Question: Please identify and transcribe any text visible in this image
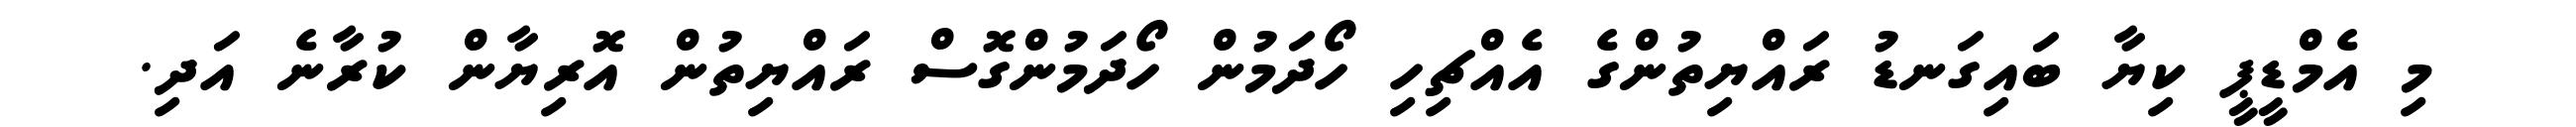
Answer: މި އެމްޑީޕީ ކިޔާ ބައިގަނޑު ރައްޔިތުންގެ އެއްޗިހި ހޯދަމުން ހޯދަމުންގޮސް ރައްޔިތުން އޮރިޔާން ކުރާނެ އަދި.